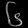
Digit: ၆